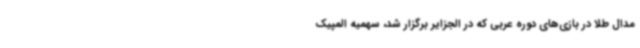
مدال طلا در بازی‌های دوره عربی که در الجزایر برگزار شد، سهمیه المپیک